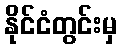
နိုင်ငံတွင်းမှ